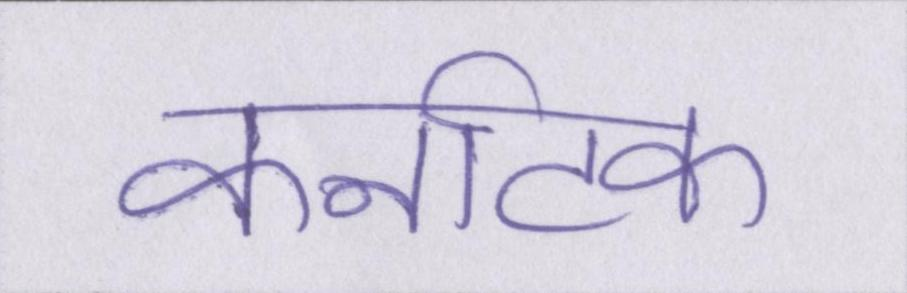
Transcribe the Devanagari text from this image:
कर्नाटक